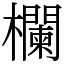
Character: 欄